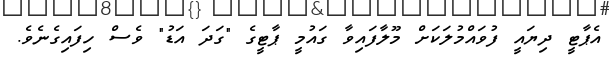
އެޕާޓީ ދިޔައީ ފުވައްމުލަކަށް މޫލާފައިވާ ގައުމީ ޕާޓީގެ "ގަދަ އަޑު" ވެސް ހިފައިގެނެވެ.